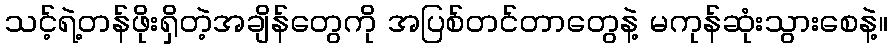
သင့်ရဲ့တန်ဖိုးရှိတဲ့အချိန်တွေကို အပြစ်တင်တာတွေနဲ့ မကုန်ဆုံးသွားစေနဲ့။